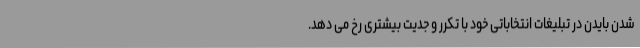
شدن بایدن در تبلیغات انتخاباتی خود با تکرر و جدیت بیشتری رخ می دهد.